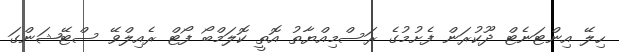
ހިލޭ އިންޓަނެޓް ދޫކުރަން ފެށުމުގެ ރަސްމިއްޔާތު އޮތީ ކޮލަމްބޯ ފޯޓް ރެއިލްވޭ ސްޓޭޝަންގަ